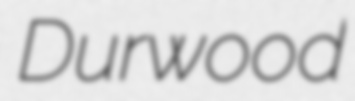
Durwood